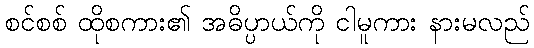
စင်စစ် ထိုစကား၏ အဓိပ္ပာယ်ကို ငါမူကား နားမလည်